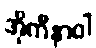
အိုကီနာဝါ